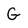
Character: G